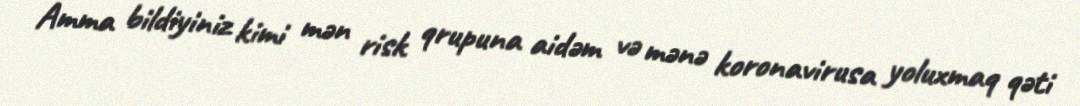
Amma bildiyiniz kimi mən risk qrupuna aidəm və mənə koronavirusa yoluxmaq qəti